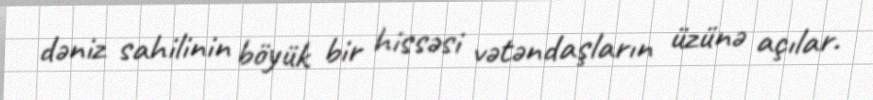
dəniz sahilinin böyük bir hissəsi vətəndaşların üzünə açılar.